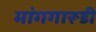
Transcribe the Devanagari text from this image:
मांगगारूडी